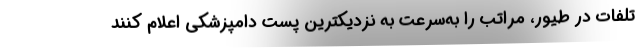
تلفات در طیور، مراتب را به‌سرعت به نزدیکترین پست دامپزشکی اعلام کنند